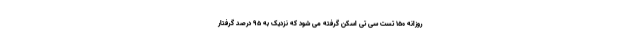
روزانه ۱۵۰ تست سی تی اسکن گرفته می شود که نزدیک به ۹۵ درصد گرفتار